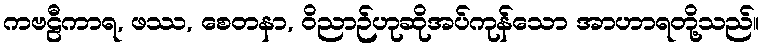
ကဗဠီကာရ, ဖဿ, စေတနာ, ဝိညာဉ်ဟုဆိုအပ်ကုန်သော အာဟာရတို့သည်။